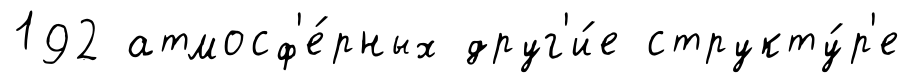
192 атмосф'е́рных друг'и́е структу́р'е